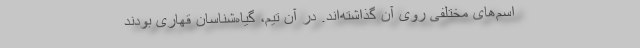
اسم‌های مختلفی روی آن گذاشته‌اند. در آن تیم، گیاه‌شناسان قهاری بودند